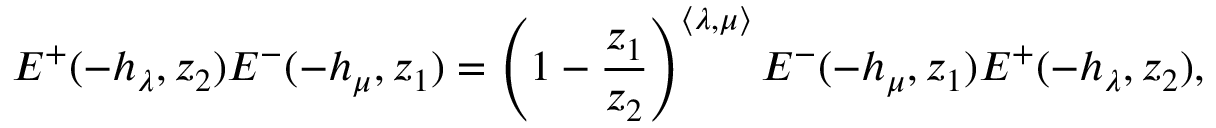
E ^ { + } ( - h _ { \lambda } , z _ { 2 } ) E ^ { - } ( - h _ { \mu } , z _ { 1 } ) = \left( 1 - \frac { z _ { 1 } } { z _ { 2 } } \right) ^ { \langle \lambda , \mu \rangle } E ^ { - } ( - h _ { \mu } , z _ { 1 } ) E ^ { + } ( - h _ { \lambda } , z _ { 2 } ) ,